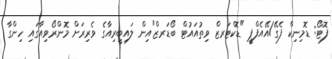
ފޮޓޯ: ޑޮމިނިކް ފެގޭ/އޭއެފްޕީ "ޑޮކްޓަރޒް ވިތުއައުޓް ބޯޑަރޒް"އިން ލައިބީރިއާގެ ވެރިރަށް މޮންރޯވިއާގައި ހިންގާ